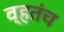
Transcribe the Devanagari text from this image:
व्हतंच